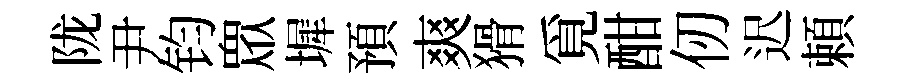
陇尹钧衆墀預爽猾覓酣仞迟頼